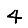
Digit: 4